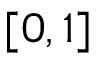
[ 0 , 1 ]